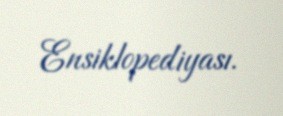
Ensiklopediyası.